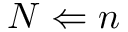
N \Leftarrow n